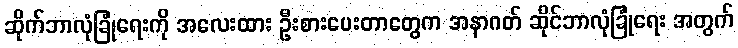
ဆိုက်ဘာလုံခြုံရေးကို အလေးထား ဦးစားပေးတာတွေက အနာဂတ် ဆိုင်ဘာလုံခြုံရေး အတွက်